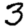
Digit: 3